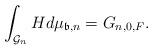
LaTeX: \begin{align*}\int_{\mathcal{G}_n}Hd\mu_{\mathfrak{b}, n} = G_{n, 0 , F}.\end{align*}